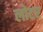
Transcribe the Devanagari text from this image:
लोटर